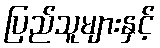
ပြည်သူများနှင့်